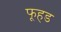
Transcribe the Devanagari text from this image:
फूहड